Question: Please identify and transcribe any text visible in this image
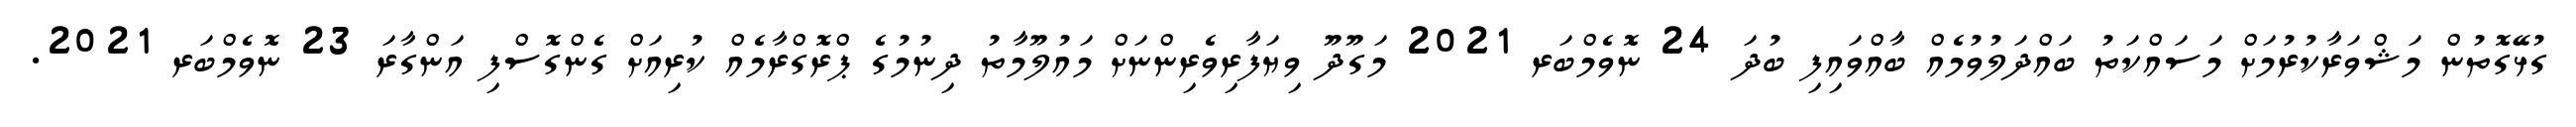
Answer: ގުޅޭގޮތުން މަޝްވަރާކުރުމަށް މަސައްކަތު ބައްދަލުވުމެއް ބާއްވައިފި ބުދަ 24 ނޮވެމްބަރ 2021 މަގޫދޫ ވިޔަފާރިވެރިންނަށް މައުލޫމާތު ދިނުމުގެ ޕްރޮގްރާމެއް ކުރިއަށް ގެންގޮސްފި އަންގާރަ 23 ނޮވެމްބަރ 2021.